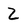
Character: Z